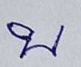
บ